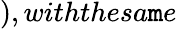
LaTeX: ),withthesa\mathtt{m}e